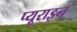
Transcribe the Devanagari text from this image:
प्यूराइन